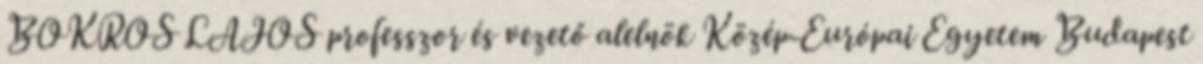
BOKROS LAJOS professzor és vezető alelnök Közép-Európai Egyetem Budapest